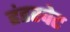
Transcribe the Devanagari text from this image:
हंडरवेट